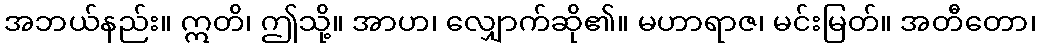
အဘယ်နည်း။ ဣတိ၊ ဤသို့။ အာဟ၊ လျှောက်ဆို၏။ မဟာရာဇ၊ မင်းမြတ်။ အတီတော၊